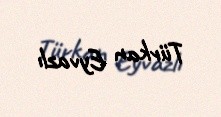
Türkan Eyvazlı